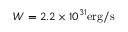
W = 2 . 2 \times 1 0 ^ { 3 1 } \mathrm { e r g / s }